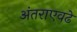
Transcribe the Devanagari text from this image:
अंतराएवढे